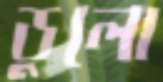
ডুলো